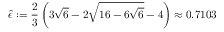
\hat { \epsilon } : = \frac { 2 } { 3 } \left( 3 \sqrt { 6 } - 2 \sqrt { 1 6 - 6 \sqrt { 6 } } - 4 \right) \approx 0 . 7 1 0 3